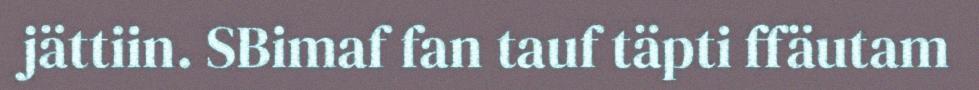
jättiin. SBimaf fan tauf täpti ffäutam